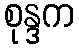
စုန္ဒက